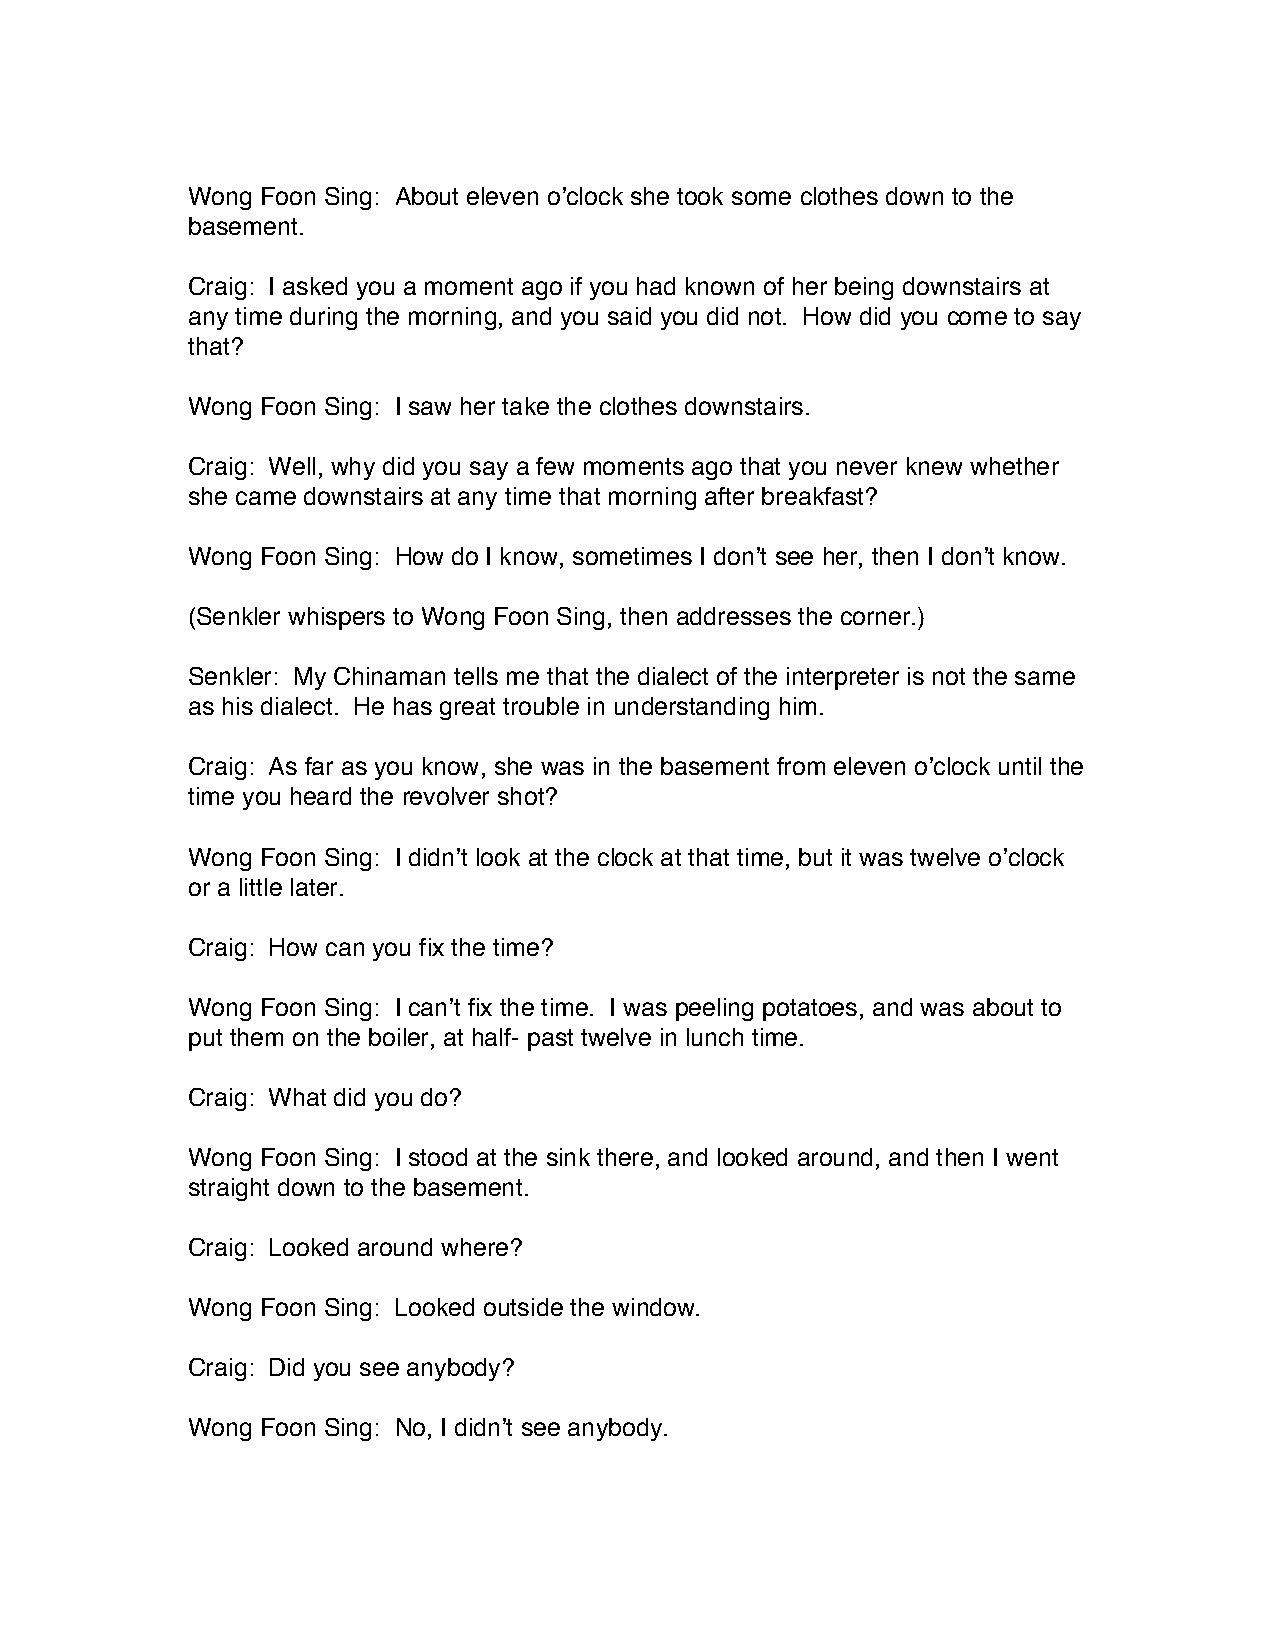
Wong Foon Sing: About eleven o’clock she took some clothes down to the
 basement.
 Craig: I asked you a moment ago if you had known of her being downstairs at
 any time during the morning, and you said you did not. How did you come to say
 that?
 Wong Foon Sing: I saw her take the clothes downstairs.
 Craig: Well, why did you say a few moments ago that you never knew whether
 she came downstairs at any time that morning after breakfast?
 Wong Foon Sing: How do I know, sometimes I don’t see her, then I don’t know.
 (Senkler whispers to Wong Foon Sing, then addresses the corner.)
 Senkler: My Chinaman tells me that the dialect of the interpreter is not the same
 as his dialect. He has great trouble in understanding him.
 Craig: As far as you know, she was in the basement from eleven o’clock until the
 time you heard the revolver shot?
 Wong Foon Sing: I didn’t look at the clock at that time, but it was twelve o’clock
 or a little later.
 Craig: How can you fix the time?
 Wong Foon Sing: I can’t fix the time. I was peeling potatoes, and was about to
 put them on the boiler, at half- past twelve in lunch time.
 Craig: What did you do?
 Wong Foon Sing: I stood at the sink there, and looked around, and then I went
 straight down to the basement.
 Craig: Looked around where?
 Wong Foon Sing: Looked outside the window.
 Craig: Did you see anybody?
 Wong Foon Sing: No, I didn’t see anybody.